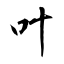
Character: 叶